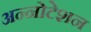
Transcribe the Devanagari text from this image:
अन्नोटेशन